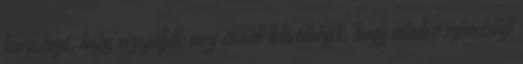
kormányt, hogy vizsgálják meg annak lehetőségét, hogy minden szövetségi